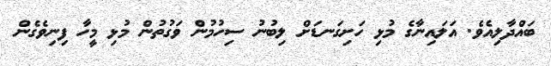
ބައްދާލިއެވެ. އަލައިނާގެ މުޅި ހަށިގަނޑަށް ލިބުނު ސިހުމުން ވަގުތުން މުޅި މީހާ ފިނިވެގެން